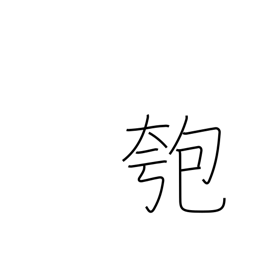
Meaning: gourd